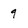
Character: 9